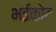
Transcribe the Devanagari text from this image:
भईकोट